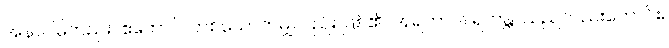
အနာဂါမ်တည်း။ ဧကောပိ၊ တစ်ယောက်မျှလည်း ဖြစ်၏။ အရဟာဝါ၊ ရဟန္တာသည်လည်းကောင်း။